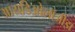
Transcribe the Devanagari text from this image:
आयडिओलॉजीझ